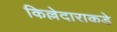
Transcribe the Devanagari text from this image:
किल्लेदाराकडे